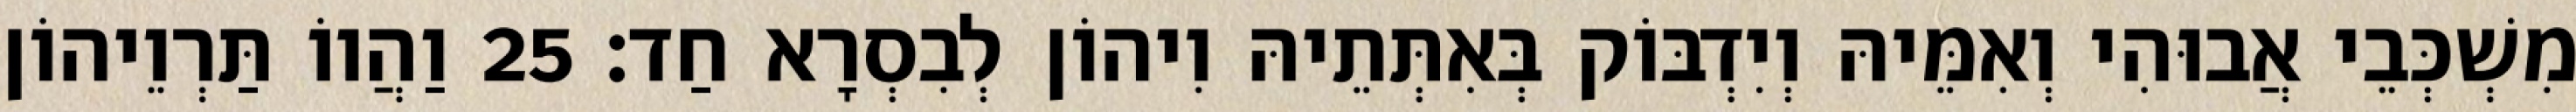
מִשְׁכְּבֵי אֲבוּהִי וְאִמֵּיהּ וְיִדְבּוֹק בְּאִתְּתֵיהּ וִיהוֹן לְבִסְרָא חַד׃ 25 וַהֲווֹ תַּרְוֵיהוֹן